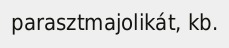
parasztmajolikát, kb.